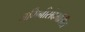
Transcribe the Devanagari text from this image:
जमिनीसंदर्भातील